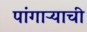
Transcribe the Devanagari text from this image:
पांगाऱ्याची